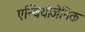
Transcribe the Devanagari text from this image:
एन्थियोजेनिक